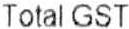
TOTAL GST